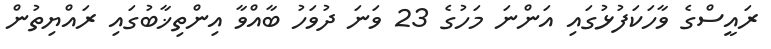
ރައީސްގެ ވާހަކަފުޅުގައި އަންނަ މަހުގެ 23 ވަނަ ދުވަހު ބާއްވާ އިންތިޚާބުގައި ރައްޔިތުން